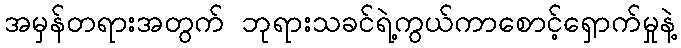
အမှန်တရားအတွက် ဘုရားသခင်ရဲ့ကွယ်ကာစောင့်ရှောက်မှုနဲ့